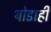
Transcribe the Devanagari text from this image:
थोडाही